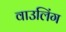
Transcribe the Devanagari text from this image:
वाउलिंग